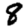
Digit: 8